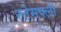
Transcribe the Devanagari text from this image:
स्टेमफ्ली